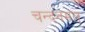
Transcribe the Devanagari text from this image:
चन्दनमल